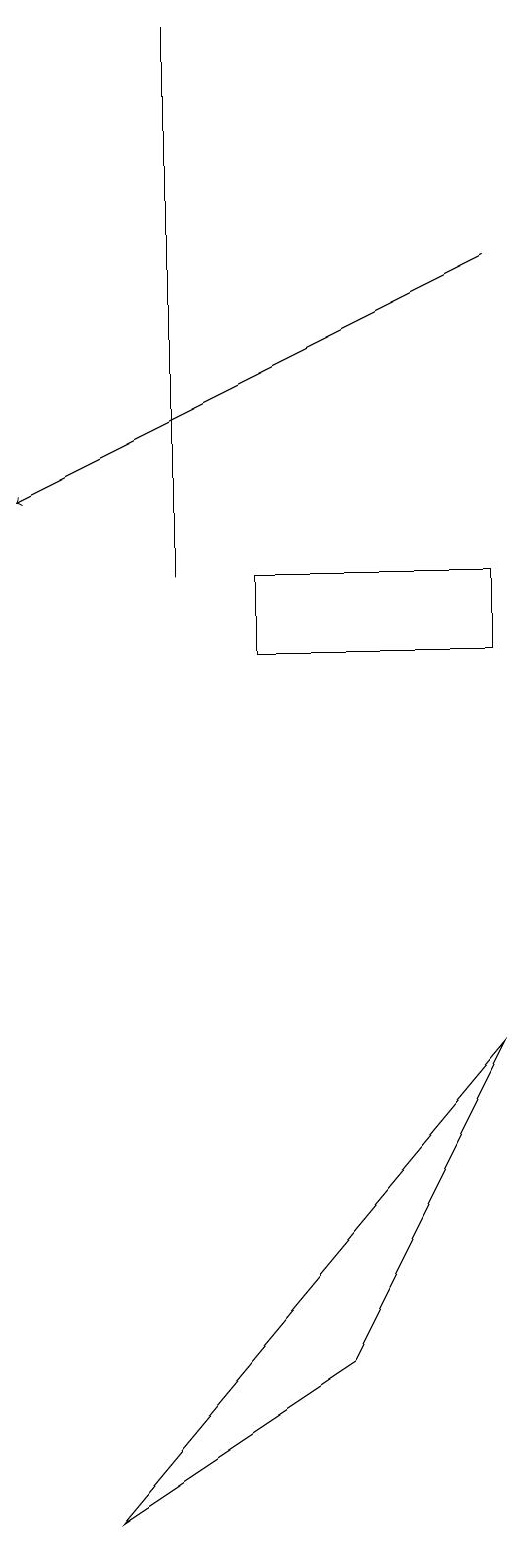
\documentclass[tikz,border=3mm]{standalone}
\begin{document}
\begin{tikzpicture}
\draw (8,6) -- (6,2) -- (3,0) -- cycle;
\draw (8,11) rectangle (5,12);
\draw[->] (8,16) -- (2,13);
\draw (4,12) rectangle (4,19);
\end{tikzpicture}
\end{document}